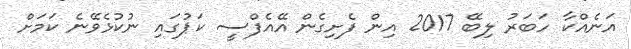
އަނެއްކާ ހަބަރު ލިބޭ 2017 އިން ފެށިގެން އޭއެފްސީ ކަޕުގައި ނުކުޅެވޭނެ ކަމަށް